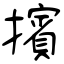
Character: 擯